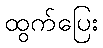
ထွက်ပြေး